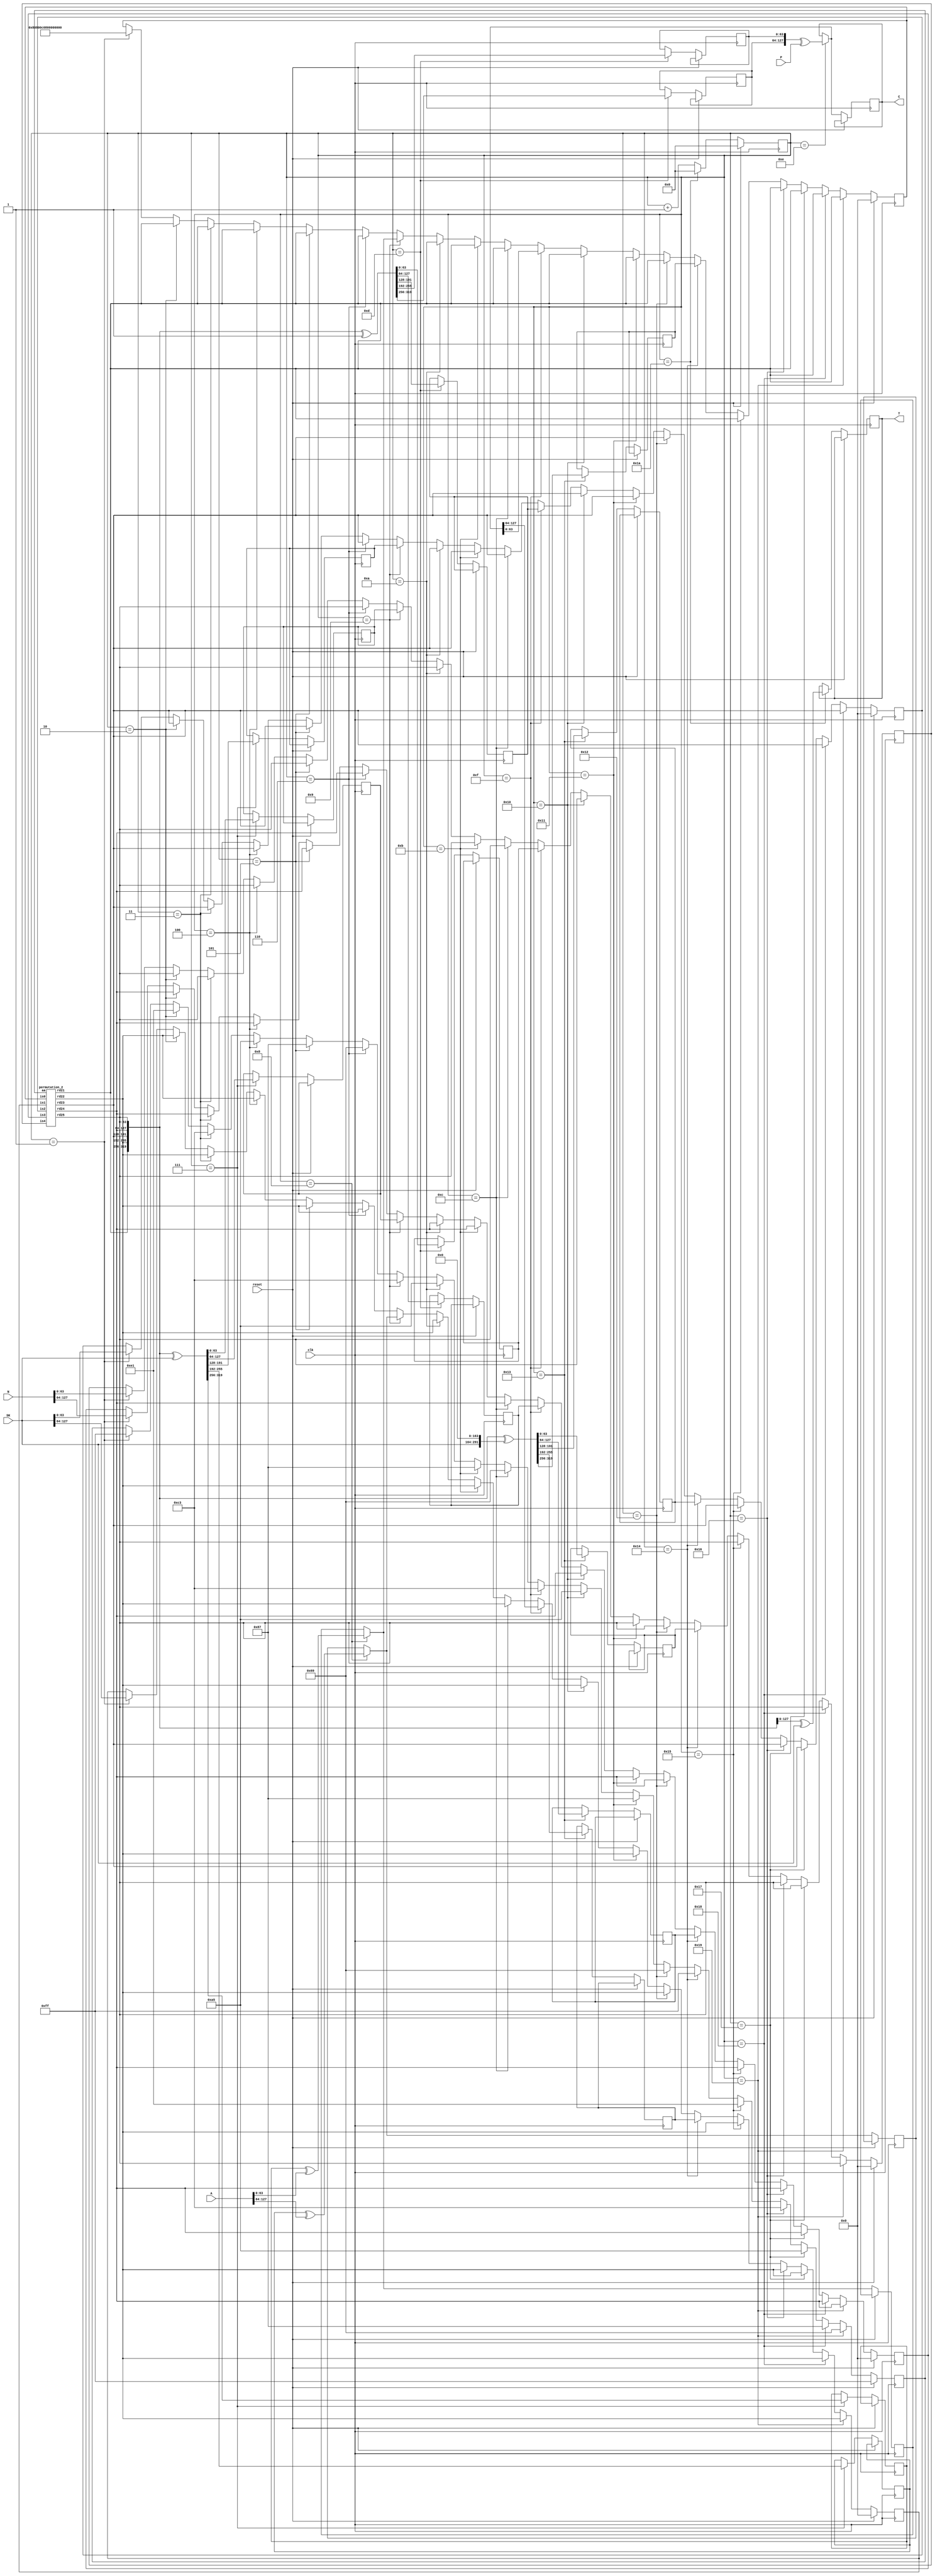
`timescale 1ns / 1ps
//!
//! **PROJECT:**             Lightweight Ascon
//!
//! **LANGUAGE:**            Verilog
//!
//! **FILE:**                encrypt_2blocks_128a
//!
//! **AUTHOR(S):**
//!
//!   - Kashif Inayat      - kashif.inayat@inu.ac.kr
//!   - SafiUllah Khan     - safi.jadoon@live.com
//!
//! **CONTRIBUTORS:**
//!
//!   - Fahad Bin Muslim   - fahadbinmuslim@gmail.com
//!
//! **REVISION:**
//!   * 0.0.1 - Initial release. 2024-05-27
//!
//!
//! | Doc | Schematic | TB | ASRT |Params. Val.| Synthesis test| Unify Interface| Functional Model |
//! |-----|-----------|----|------|------------|---------------|----------------|------------------|
//! |    |          |   |     |           |              |               |                 |
module encrypt_2blocks_128a(SK, N, A, P, clk, reset, C, T
    );
	 
    input [127:0] SK, N;
    input [127:0] A;
    input [127:0] P;
	 input  clk, reset;
	 
    output reg [127:0] C;
    output reg [127:0] T;
	 
	 wire [63:0] IV;
	 wire [63:0] s11, s12, s13, s14, s15;
	 reg [63:0] s21, s22, s23, s24, s25;
	 reg [63:0] s31, s32, s33, s34, s35;
	 reg [63:0] s41, s42, s43, s44, s45;

	 reg  [63:0] i0, i1, i2, i3, i4;
	 reg  [7:0] a;
	 wire [63:0] o0, o1, o2, o3, o4;
	 wire [63:0] s0, s1, s2, s3, s4;
	 reg  [4:0] count;
	 reg [63:0] t21, t22;
	 
	 reg [63:0] r10, r11, r12, r13, r14;

	assign IV = 64'h80800c0800000000;
	assign {s11, s12, s13, s14, s15} = {IV, SK, N};
	
	permutation_2 p1 (i0, i1, i2, i3, i4, a,
           o0, o1, o2, o3, o4);
			  
			  assign s0 = o0;
			  assign s1 = o1;
			  assign s2 = o2;
			  assign s3 = o3;
			  assign s4 = o4;
			  
			  
			  always @(posedge clk)
begin
if (reset)
begin
count <= 0;
i0<=64'd0;
i1<=64'd0;
i2<=64'd0;
i3<=64'd0;
i4<=64'd0;
a <= 8'hff;
end

else begin

                if (count== 1)
                begin
                i0 <= s11;
                i1 <= s12;
                i2 <= s13;
                i3 <= s14;
                i4 <= s15;
                a <= 8'hff;
                end
                if (count == 2)
                begin
                i0 <= s0;
                i1 <= s1;
                i2 <= s2;
                i3 <= s3;
                i4 <= s4;
                a <= 8'he1;
                end
                if (count == 3)
                begin
                i0<=s0;
                i1<=s1;
                i2<=s2;
                i3<=s3;
                i4<=s4;
                a <= 8'hc3;
                end
                if (count == 4)
                begin
                i0 <= s0;
                i1 <= s1;
                i2 <= s2;
                i3 <= s3;
                i4 <= s4;
                a <= 8'ha5;
                end
                if (count == 5)
                begin
                i0<=s0;
                i1<=s1;
                i2<=s2;
                i3<=s3;
                i4<=s4;
                a <= 8'h87;
                end
                if (count == 6)
                begin
                i0 <= s0;
                i1 <= s1;
                i2 <= s2;
                i3 <= s3;
                i4 <= s4;
                a <= 8'h69;
                end
					 
					 if (count == 7)

begin
{s21, s22, s23, s24, s25} <= {s0, s1, s2, s3, s4} ^ {192'b00, SK};
end

if (count == 8)
begin
t21 = s21 ^ A[63:0];
t22 = s22 ^ A[127:64];
end
                        if (count == 9)
                        begin
                        i0<=t21;
                        i1<=t22;
                        i2<=s23;
                        i3<=s24;
                        i4<=s25;
                        a <= 8'hc3;
                        end
                        if (count == 10)
                        begin
                        i0 <= s0;
                        i1 <= s1;
                        i2 <= s2;
                        i3 <= s3;
                        i4 <= s4;
                        a <= 8'ha5;
                        end
                        if (count == 11)
                        begin
                        i0 <= s0;
                        i1 <= s1;
                        i2 <= s2;
                        i3 <= s3;
                        i4 <= s4;
                        a <= 8'h87;
                        end
								if (count == 12)
                        begin
                        i0 <= s0;
                        i1 <= s1;
                        i2 <= s2;
                        i3 <= s3;
                        i4 <= s4;
                        a <= 8'h69;
                        end

if (count == 13)
begin
{s31, s32, s33, s34, s35} <= {s0, s1, s2, s3, s4} ^ {319'h0, 1'h1};
end

if (count == 14)
begin
C = {s31, s32} ^ P;
end

                                    if (count == 15)
                                    begin
                                    i0<=C[63:0];
                                    i1<=C[127:64];
                                    i2<=s33;
                                    i3<=s34;
                                    i4<=s35;
                                    a <= 8'hc3;
                                    end
                                    if (count == 16)
                                    begin
                                    i0 <= s0;
                                    i1 <= s1;
                                    i2 <= s2;
                                    i3 <= s3;
                                    i4 <= s4;
                                    a <= 8'ha5;
                                    end
                                    if (count == 17)
                                    begin
                                    i0 <= s0;
                                    i1 <= s1;
                                    i2 <= s2;
                                    i3 <= s3;
                                    i4 <= s4;
                                    a <= 8'h87;
                                    end
												if (count == 18)
                                    begin
                                    i0 <= s0;
                                    i1 <= s1;
                                    i2 <= s2;
                                    i3 <= s3;
                                    i4 <= s4;
                                    a <= 8'h69;
                                    end

if (count == 19)
begin
{s41, s42, s43, s44, s45} <= {s0, s1, s2, s3, s4} ^ {128'h0, SK, 164'h0};
end

                            if (count == 20)
                            begin
                            i0<=s41;
                            i1<=s42;
                            i2<=s43;
                            i3<=s44;
                            i4<=s45;
                            a <= 8'hff;
                            end
                            if (count == 21)
                            begin
                            i0 <= s0;
                            i1 <= s1;
                            i2 <= s2;
                            i3 <= s3;
                            i4 <= s4;
                            a <= 8'he1;
                            end
                            if (count == 22)
                            begin
                            i0<=s0;
                            i1<=s1;
                            i2<=s2;
                            i3<=s3;
                            i4<=s4;
                            a <= 8'hc3;
                            end
                            if (count == 23)
                            begin
                            i0 <= s0;
                            i1 <= s1;
                            i2 <= s2;
                            i3 <= s3;
                            i4 <= s4;
                            a <= 8'ha5;
                            end
                            if (count == 24)
                            begin
                            i0 <= s0;
                            i1 <= s1;
                            i2 <= s2;
                            i3 <= s3;
                            i4 <= s4;
                            a <= 8'h87;
                            end
                            if (count == 25)
                            begin
                            i0 <= s0;
                            i1 <= s1;
                            i2 <= s2;
                            i3 <= s3;
                            i4 <= s4;
                            a <= 8'h69;
                            end


if (count == 26)
begin
T <= {s3, s4} ^ SK;
count <= 0;
end

else 

count <= count+1;

end
end
endmodule

///////////////////////////////////////////////////////////////////

module permutation_2(
           is0, is1, is2, is3, is4, aa,
           rd21, rd22, rd23, rd24, rd25
		   );
		   

input [63:0] is0, is1, is2, is3, is4;
input [7:0] aa;

wire [63:0] add1, add2;

wire [63:0] rs11, rs12, rs13, rs14, rs15;
wire [63:0] rd11, rd12, rd13, rd14, rd15;

wire [63:0] rs21, rs22, rs23, rs24, rs25;
output [63:0] rd21, rd22, rd23, rd24, rd25;

//Round 1

assign add1 = is2 ^ (aa-8'h0f);
substitution_single ss1 (is0, is1, add1, is3, is4, rs11, rs12, rs13, rs14, rs15);
diffusion_single d1 (rs11, rs12, rs13, rs14, rs15, rd11, rd12, rd13, rd14, rd15);

//Round 2

assign add2 = rd13 ^ (aa-8'h1e);
substitution_single ss2 (rd11, rd12, add2, rd14, rd15, rs21, rs22, rs23, rs24, rs25);
diffusion_single d2 (rs21, rs22, rs23, rs24, rs25, rd21, rd22, rd23, rd24, rd25);

endmodule

/////////////////////////////////////////////////////////////////////

module substitution_single(is0, is1, is2, is3, is4, sub3_s0, sub3_s1, sub3_s2, sub3_s3, sub3_s4
    );
    
    input [63:0] is0, is1, is2, is3, is4;
    output [63:0] sub3_s0, sub3_s1, sub3_s2, sub3_s3, sub3_s4;
    
    //--------- Substitution_1
wire [63:0] sub1_s [0:4];

assign sub1_s[0] = is0 ^ is4;
assign sub1_s[1] = is1;
assign sub1_s[2] = is1 ^ is2;
assign sub1_s[3] = is3;
assign sub1_s[4] = is3 ^ is4;


//--------- Substitution_2
wire [63:0] Tval [0:4];
assign Tval[0] = (sub1_s[0] ^ 64'hffffffffffffffff) & sub1_s[1];
assign Tval[1] = (sub1_s[1] ^ 64'hffffffffffffffff) & sub1_s[2];
assign Tval[2] = (sub1_s[2] ^ 64'hffffffffffffffff) & sub1_s[3];
assign Tval[3] = (sub1_s[3] ^ 64'hffffffffffffffff) & sub1_s[4];
assign Tval[4] = (sub1_s[4] ^ 64'hffffffffffffffff) & sub1_s[0];

wire [63:0] sub2_s [0:4];
assign sub2_s[0] = Tval[1] ^ sub1_s[0];
assign sub2_s[1] = Tval[2] ^ sub1_s[1];
assign sub2_s[2] = Tval[3] ^ sub1_s[2];
assign sub2_s[3] = Tval[4] ^ sub1_s[3];
assign sub2_s[4] = Tval[0] ^ sub1_s[4];

//--------- Substitution_3

assign sub3_s0 = sub2_s[0] ^ sub2_s[4];
assign sub3_s1 = sub2_s[1] ^ sub2_s[0];
assign sub3_s2 = sub2_s[2] ^ 64'hFFFFFFFFFFFFFFFF;
assign sub3_s3 = sub2_s[3] ^ sub2_s[2];
assign sub3_s4 = sub2_s[4];
endmodule

////////////////////////////////////////////////////////////////////////////

module diffusion_single(sub3_s0, sub3_s1, sub3_s2, sub3_s3, sub3_s4, ose0, ose1, ose2, ose3, ose4

    );
    
    input [63:0] sub3_s0, sub3_s1, sub3_s2, sub3_s3, sub3_s4;
    output [63:0] ose0, ose1, ose2, ose3, ose4; 
    
    
assign ose0 = sub3_s0 ^ ( {sub3_s0[18:0],sub3_s0[63:19]} ^ {sub3_s0[27:0],sub3_s0[63:28]} );
assign ose1 = sub3_s1 ^ ( {sub3_s1[60:0],sub3_s1[63:61]} ^ {sub3_s1[38:0],sub3_s1[63:39]} );
assign ose2 = sub3_s2 ^ ( {sub3_s2[0000],sub3_s2[63:01]} ^ {sub3_s2[05:0],sub3_s2[63:06]} );
assign ose3 = sub3_s3 ^ ( {sub3_s3[09:0],sub3_s3[63:10]} ^ {sub3_s3[16:0],sub3_s3[63:17]} );
assign ose4 = sub3_s4 ^ ( {sub3_s4[06:0],sub3_s4[63:07]} ^ {sub3_s4[40:0],sub3_s4[63:41]} );
endmodule